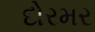
દોરમર